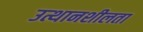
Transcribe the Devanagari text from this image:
उत्थानशीलता